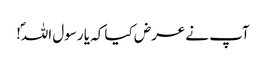
آپ نے عرض کیا کہ یا رسول اللہؐ!